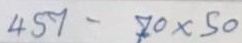
457 - 70 x 50